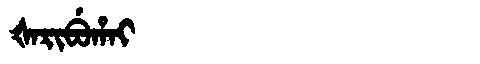
Manchu: ᡧᠠᡵᡳᠪᡠᡥᠠᡳ
Romanization: ŠARIBUHAI